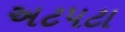
અટપટા